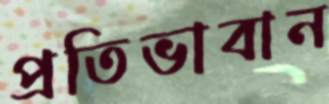
প্রতিভাবান